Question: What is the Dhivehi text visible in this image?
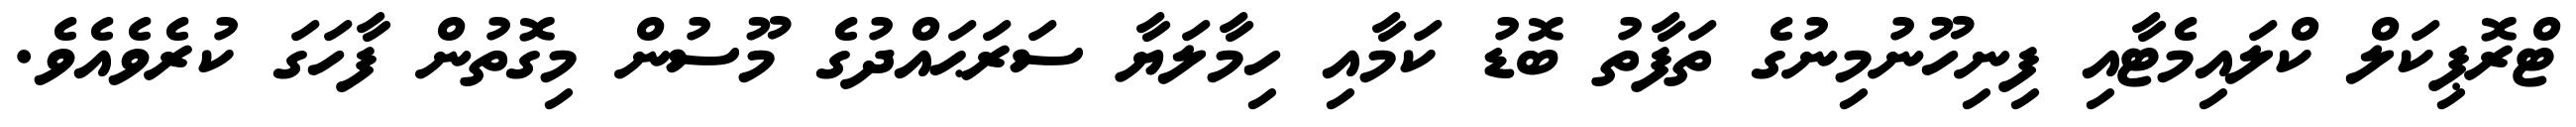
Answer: ޓްރޮޕިކަލް ކްލައިމެޓާއި ފިނިހޫނުމިނުގެ ތަފާތު ބޮޑު ކަމާއި ހިމާލަޔާ ސަރަޙައްދުގެ މޫސުން މިގޮތުން ފާހަގަ ކުރެވެއެވެ.